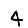
Digit: 4